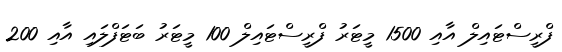
ފްރީސްޓައިލް އާއި 1500 މީޓަރު ފްރީސްޓައިލް 100 މީޓަރު ބަޓަފްލައި އާއި 200